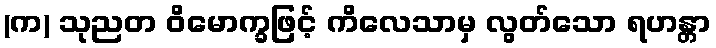
(က) သုညတ ဝိမောက္ခဖြင့် ကိလေသာမှ လွတ်သော ရဟန္တာ